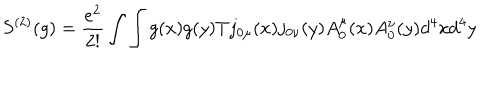
S ^ { \left( 2 \right) } ( g ) = \frac { e ^ { 2 } } { 2 ! } \int \int g ( x ) g ( y ) T j _ { 0 \mu } ( x ) j _ { 0 \nu } ( y ) A _ { 0 } ^ { \mu } ( x ) A _ { 0 } ^ { \nu } ( y ) d ^ { 4 } x d ^ { 4 } y